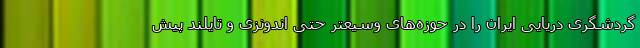
گردشگری دریایی ایران را در حوزه‌های وسیعتر حتی اندونزی و تایلند پیش